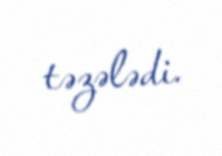
təzələdi.